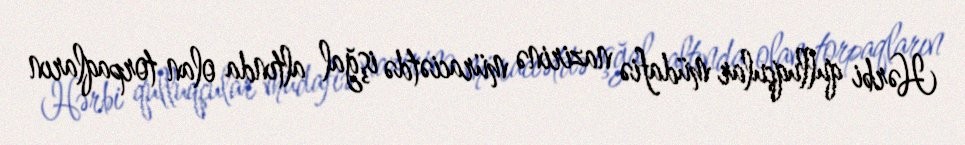
Hərbi qulluqçular müdafiə nazirinə müraciətdə işğal altında olan torpaqların